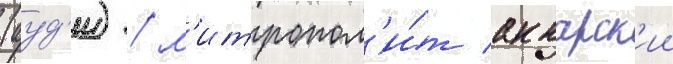
(ауд'и) / м'итропол'и́т аккарск'ии